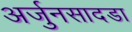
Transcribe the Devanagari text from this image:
अर्जुनसादडा